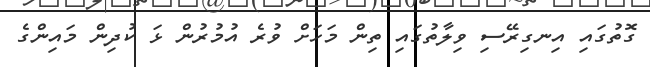
ގޮތުގައި އިނގިރޭސި ވިލާތުގައި ތިން މަހަށް ވުރެ އުމުރުން ޅަ ކުދިން މައިންގެ